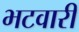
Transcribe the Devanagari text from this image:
भटवारी